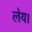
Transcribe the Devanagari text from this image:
लेय।